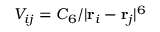
V _ { i j } = C _ { 6 } / | \mathbf { r } _ { i } - \mathbf { r } _ { j } | ^ { 6 }